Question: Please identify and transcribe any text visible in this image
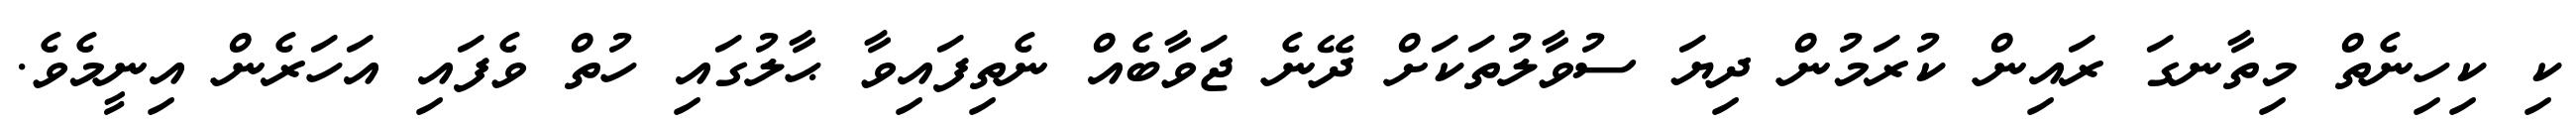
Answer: ކި ކިހިނެތް މިތާނގަ ރައިން ކުރަމުން ދިޔަ ސުވާލުތަކަށް ދޭނެ ޖަވާބެއް ނެތިފައިވާ ޙާލުގައި ހުތް ވެފައި އަހަރެން އިނީމެވެ.